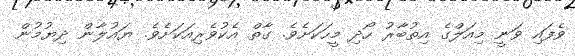
ވެފައި ވަނީ މިއަލްގެ އިތުބާރު ހޯދި މީހަކަށެވެ. ގާތް އެކުވެރިއަކަށެވެ. ޔައުލާން ދިޔުމުން